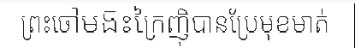
ព្រះចៅមង៑ះក្រៃញ៉ិបានប្រែមុខមាត់